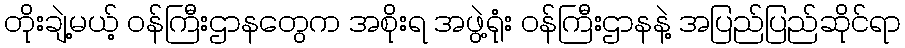
တိုးချဲ့မယ့် ဝန်ကြီးဌာနတွေက အစိုးရ အဖွဲ့ရုံး ဝန်ကြီးဌာနနဲ့ အပြည်ပြည်ဆိုင်ရာ